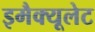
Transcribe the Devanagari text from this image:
इमैक्यूलेट